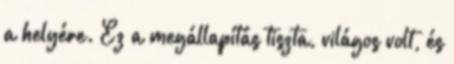
a helyére. Ez a megállapítás tiszta, világos volt, és